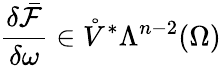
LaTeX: \frac{\delta\bar{\mathcal{F}}}{\delta\omega}\in\mathring{V}^{\ast}\Lambda^{n-2}(\Omega)